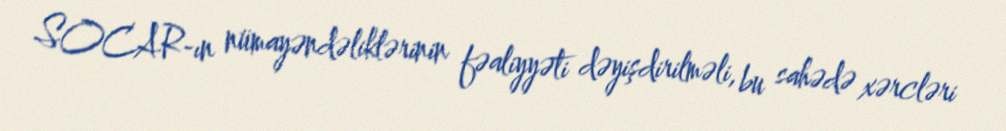
SOCAR-ın nümayəndəliklərinin fəaliyyəti dəyişdirilməli, bu sahədə xərcləri